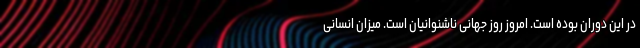
در این دوران بوده است. امروز روز جهانی ناشنوانیان است. میزان انسانی